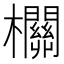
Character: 𣠸